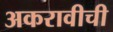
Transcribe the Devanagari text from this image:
अकरावीची